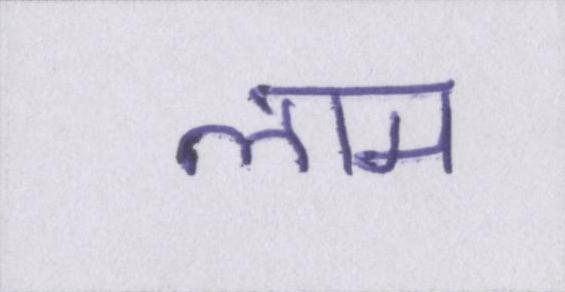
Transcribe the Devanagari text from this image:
लाम